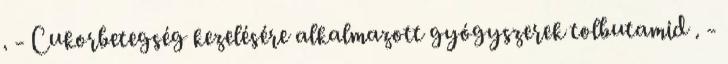
. - Cukorbetegség kezelésére alkalmazott gyógyszerek tolbutamid . -